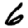
Digit: 6